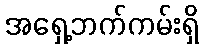
အရှေ့ဘက်ကမ်းရှိ